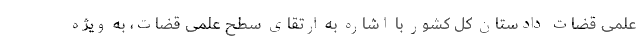
علمی قضات دادستان کل کشور با اشاره به ارتقای سطح علمی قضات، به ویژه